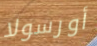
أورسولا